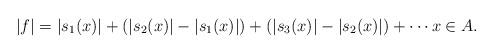
LaTeX: \begin{align*}|f|= |s_1(x)|+(|s_2(x)|-|s_1(x)|)+(|s_3(x)|-|s_2(x)|)+\cdots x\in A.\end{align*}